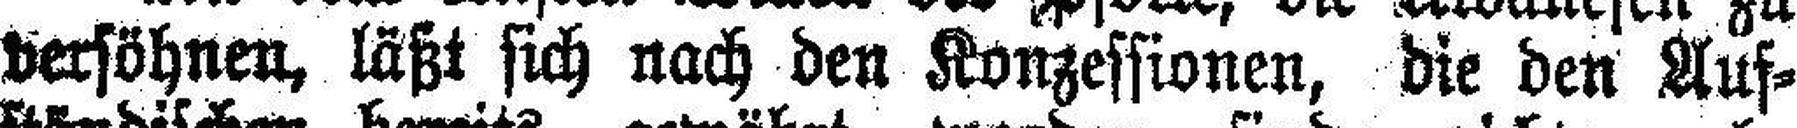
versöhnen, läßt sich nach den Konzessionen, die den Auf¬